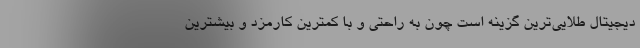
دیجیتال طلایی‌ترین گزینه است چون به راحتی و با کمترین کارمزد و بیشترین